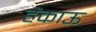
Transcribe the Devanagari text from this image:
हैंकाऊ